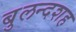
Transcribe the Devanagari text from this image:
बुलन्दशह